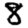
Digit: 8